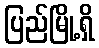
ပြည်မြို့ရှိ